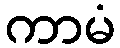
ကာမံ